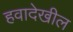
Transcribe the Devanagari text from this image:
हवादेखील